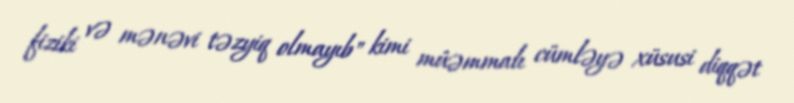
fiziki və mənəvi təzyiq olmayıb" kimi müəmmalı cümləyə xüsusi diqqət